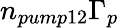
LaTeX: n_{pump12}\Gamma_{p}